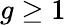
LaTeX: g\ge 1